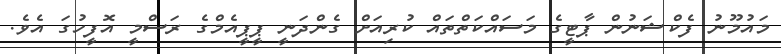
މައުމޫނު ފެކްޝަނުން ޕާޓީގެ މަސައްކަތްތައް ކުރިއަށް ގެންދަނީ ޕީޕީއެމްގެ ރަސްމީ އޮފީހުގަ އެވެ.